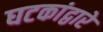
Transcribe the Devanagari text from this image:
घटकांद्वारे